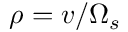
\rho = v / \Omega _ { s }